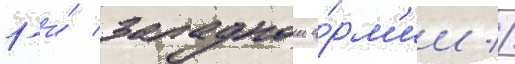
1-и́ западнои а́рм'ии //